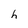
Character: h